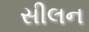
સીલન